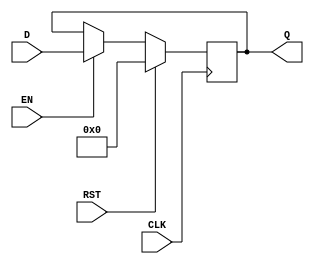
`timescale 1ns / 1ps
// La funcin de este mdulo es actuar como un Flip Flop D
// (FFD), de tal manera que se pueden almacenar valores siempre
// que el dispositivo no se resetee o se sobreescriba

// Entradas: CLK: Seal de reloj
//           EN: Habilita la escritura en el FFD
//           RST: Reinicia el FFD
//           D: Valor a guardar
// Salida:   Q: Valor almacenado en el FFD
// Parametro: REGISTRO_WIDTH: Tamao del Input y el Output

// Se introdujo este mdulo para actuar como el registro de PC,
// de tal manera que el valor de la instruccin actual sea almacenado
// hasta la siguiente instruccin.
// Adems es utilizado para emular un GPIO.
module FlipFlopD #(parameter REGISTRO_WIDTH = 30) (CLK, EN, RST, D, Q
    );
	 
	 input CLK, EN, RST;
	 input [REGISTRO_WIDTH-1:0] D;
	 output reg [REGISTRO_WIDTH-1:0] Q;
	 
	 // En flanco positivo del reloj
	 always @(posedge CLK)
	  // Si se resetea, se borra el valor
      if (RST)
         Q <= 0;
      // Si no se resetea, se almacena D en Q en caso
      // de que EN sea 1, si no se preserva el valor de Q
      else begin
			if (EN) begin
				Q <= D;
			end else
				Q <= Q;
		end
endmodule